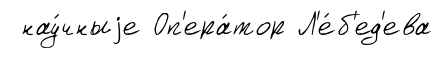
нау́чныjе Оп'ера́тор Л'е́б'ед'ева